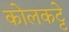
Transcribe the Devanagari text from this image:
कोलकट्टे